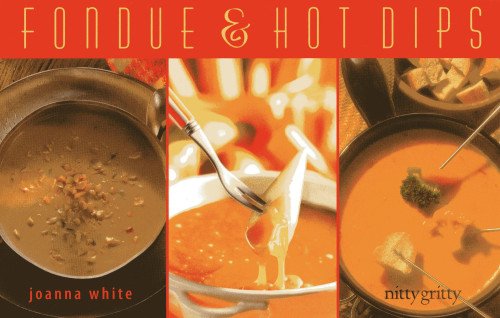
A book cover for Fondue & Hot Dips (Nitty Gritty Cookbooks); Joanna White; Cookbooks, Food & Wine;